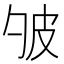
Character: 𤿈